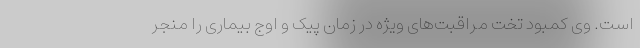
است. وی کمبود تخت مراقبت‌های ویژه در زمان پیک و اوج بیماری را منجر